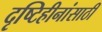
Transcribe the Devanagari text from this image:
दृष्टिहीनांसाठी